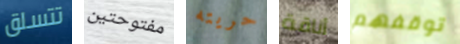
تتسلق مفتوحتين حريته أناقة توقفهم